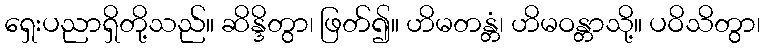
ရှေးပညာရှိတို့သည်။ ဆိန္ဒိတွာ၊ ဖြတ်၍။ ဟိမတန္တံ၊ ဟိမဝန္တာသို့။ ပဝိသိတွာ၊